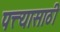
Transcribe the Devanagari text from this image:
पत्त्यासाठी